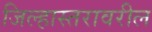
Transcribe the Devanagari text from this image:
जिल्हास्तरावरील